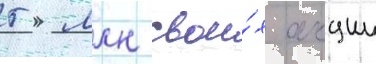
5 млн свои́х акции